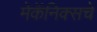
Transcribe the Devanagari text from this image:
मेकॅनिक्सचे